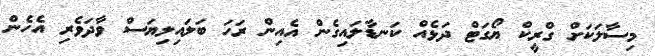
މިސާލަކަށް ގްރީކް ޔޯގަޓް ދަޅެއް ކަނޑާލައިގެން އެއިން ރަހަ ބަލައިލިޔަސް ވާދަވެރި އެހެން